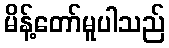
မိန့်တော်မူပါသည်